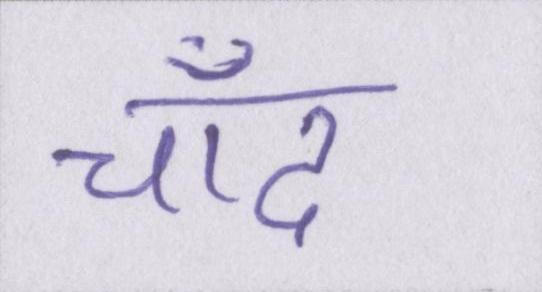
चाँद